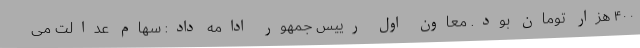
۴۰۰ هزار تومان بود. معاون اول رییس جمهور ادامه داد: سهام عدالت می